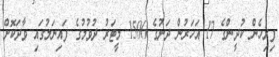
ފިރިހެން ކުދީންގެ 17 އަހަރުން ދަށުގެ 1500 މީޓަރު ދުވުމުގެ ފައިނަލުގައި ވާދަކޮށް